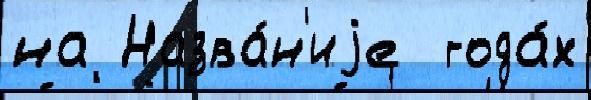
на Назва́н'иjе  года́х